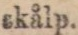
skålp.